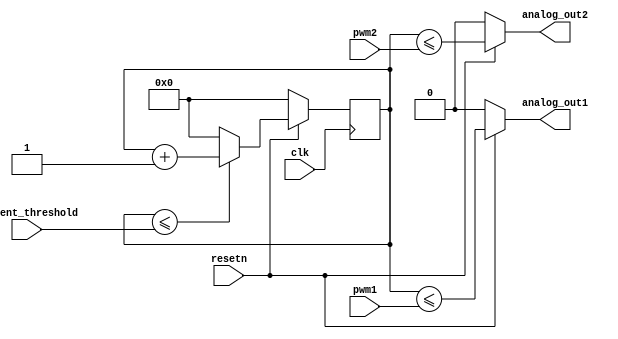
module analog_out (
    input  wire       clk,
    input  wire       resetn,
    input  wire [7:0] pwm1,
    input  wire [7:0] pwm2,
    output wire       analog_out1,
    output wire       analog_out2,
    input wire [10:0] current_threshold
);

  reg [10:0] pwm_counter;

  always @(posedge clk) begin
    if (!resetn) begin
      pwm_counter <= 0;
    end
    else begin
      if (pwm_counter <= current_threshold)
        pwm_counter <= pwm_counter + 1'b1;
      else
        pwm_counter <= 0;
    end
  end
  assign analog_out1 = (resetn) ? pwm_counter <= {3'b0, pwm1} : 0;
  assign analog_out2 = (resetn) ? pwm_counter <= {3'b0, pwm2} : 0;

endmodule